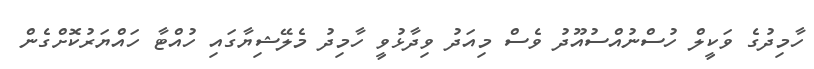
ހާމިދުގެ ވަކީލް ހުސްނުއްސުއޫދު ވެސް މިއަދު ވިދާޅުވީ ހާމިދު މެލޭޝިޔާގައި ހުއްޓާ ހައްޔަރުކޮށްގެން